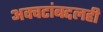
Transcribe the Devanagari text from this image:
अवचटांबद्दलही